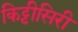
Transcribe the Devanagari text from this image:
किट्टीसिरी